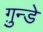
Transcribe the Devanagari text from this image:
ग़ुन्डे